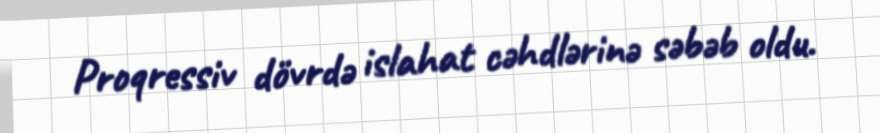
Proqressiv dövrdə islahat cəhdlərinə səbəb oldu.